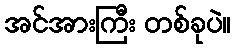
အင်အားကြီး တစ်ခုပဲ။